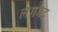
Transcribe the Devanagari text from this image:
लगभद